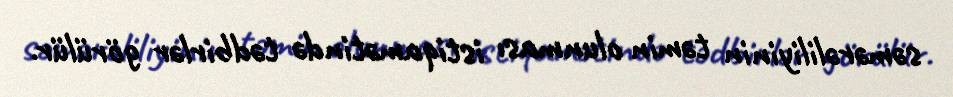
səmərəliliyinin təmin olunması istiqamətində tədbirlər görülür.